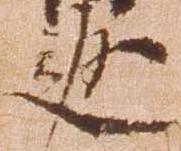
返